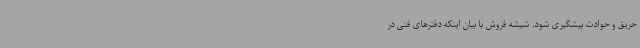
حریق و حوادث پیشگیری شود. شیشه فروش با بیان اینکه دفترهای فنی در